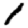
Digit: 1